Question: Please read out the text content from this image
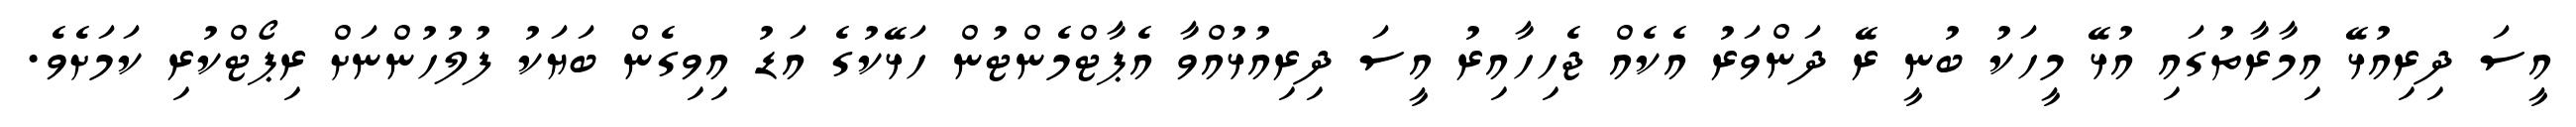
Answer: އީސަ ދިރިއުޅޭ އިމާރާތުގައި އުޅޭ މީހަކު ބުނީ ރޭ ދަންވަރު އެކެއް ޖެހިހާއިރު އީސަ ދިރިއުޅުއްވާ އެޕާޓްމެންޓުން ހަޅޭކުގެ އަޑު އިވިގެން ބަޔަކު ފުލުހުންނަށް ރިޕޯޓްކުރި ކަމަށެވެ.